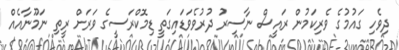
ދިވެހި ގައުމުގެ ވެރިކަމުން ރައީސް ނާސިރު ދުރުވެވަޑައިގަތީ ޑިމޮކްރަސީގެ ވަރަށް ރީތި ނަމޫނާއެއް